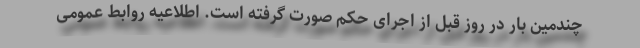
چندمین بار در روز قبل از اجرای حکم صورت گرفته است. اطلاعیه روابط عمومی